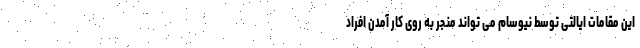
این مقامات ایالتی توسط نیوسام می تواند منجر به روی کار آمدن افراد